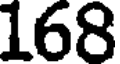
168